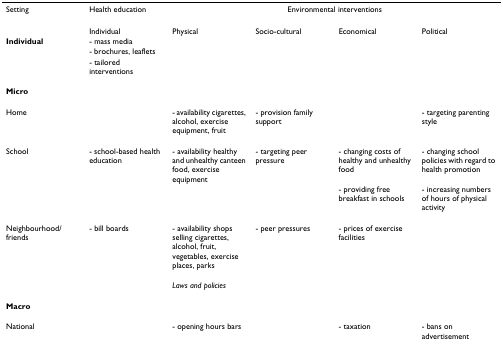
| Setting | Health education | <COLSPAN=4> Environmental interventions |
 | --- | --- | --- | --- | --- | --- |
 |  | Individual | Physical | Socio-cultural | Economical | Political |
 | Individual | - mass media |  |  |  |  |
 |  | - brochures, leaflets |  |  |  |  |
 |  | - tailored interventions |  |  |  |  |
 | Micro |  |  |  |  |  |
 | Home |  | - availability cigarettes, alcohol, exercise equipment, fruit | - provision family support |  | - targeting parenting style |
 | School | - school-based health education | - availability healthy and unhealthy canteen food, exercise equipment | - targeting peer pressure | - changing costs of healthy and unhealthy food | - changing school policies with regard to health promotion |
 |  |  |  |  | - providing free breakfast in schools | - increasing numbers of hours of physical activity |
 | Neighbourhood/friends | - bill boards | - availability shops selling cigarettes, alcohol, fruit, vegetables, exercise places, parks | - peer pressures | - prices of exercise facilities |  |
 |  |  | Laws and policies |  |  |  |
 | Macro |  |  |  |  |  |
 | National |  | - opening hours bars |  | - taxation | - bans on advertisement |